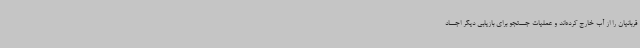
قربانیان را از آب خارج کرده‌اند و عملیات جستجو برای بازیابی دیگر اجساد